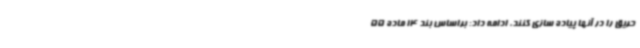
حریق را در آنها پیاده سازی کنند، ادامه داد: براساس بند 14 ماده 55